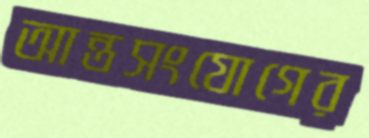
আন্তসংযোগের